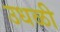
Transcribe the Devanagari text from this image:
उधळी